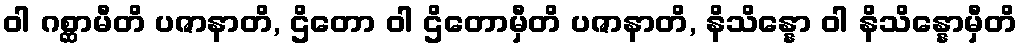
ဝါ ဂစ္ဆာမီတိ ပဇာနာတိ, ဌိတော ဝါ ဌိတောမှီတိ ပဇာနာတိ, နိသိန္နော ဝါ နိသိန္နောမှီတိ